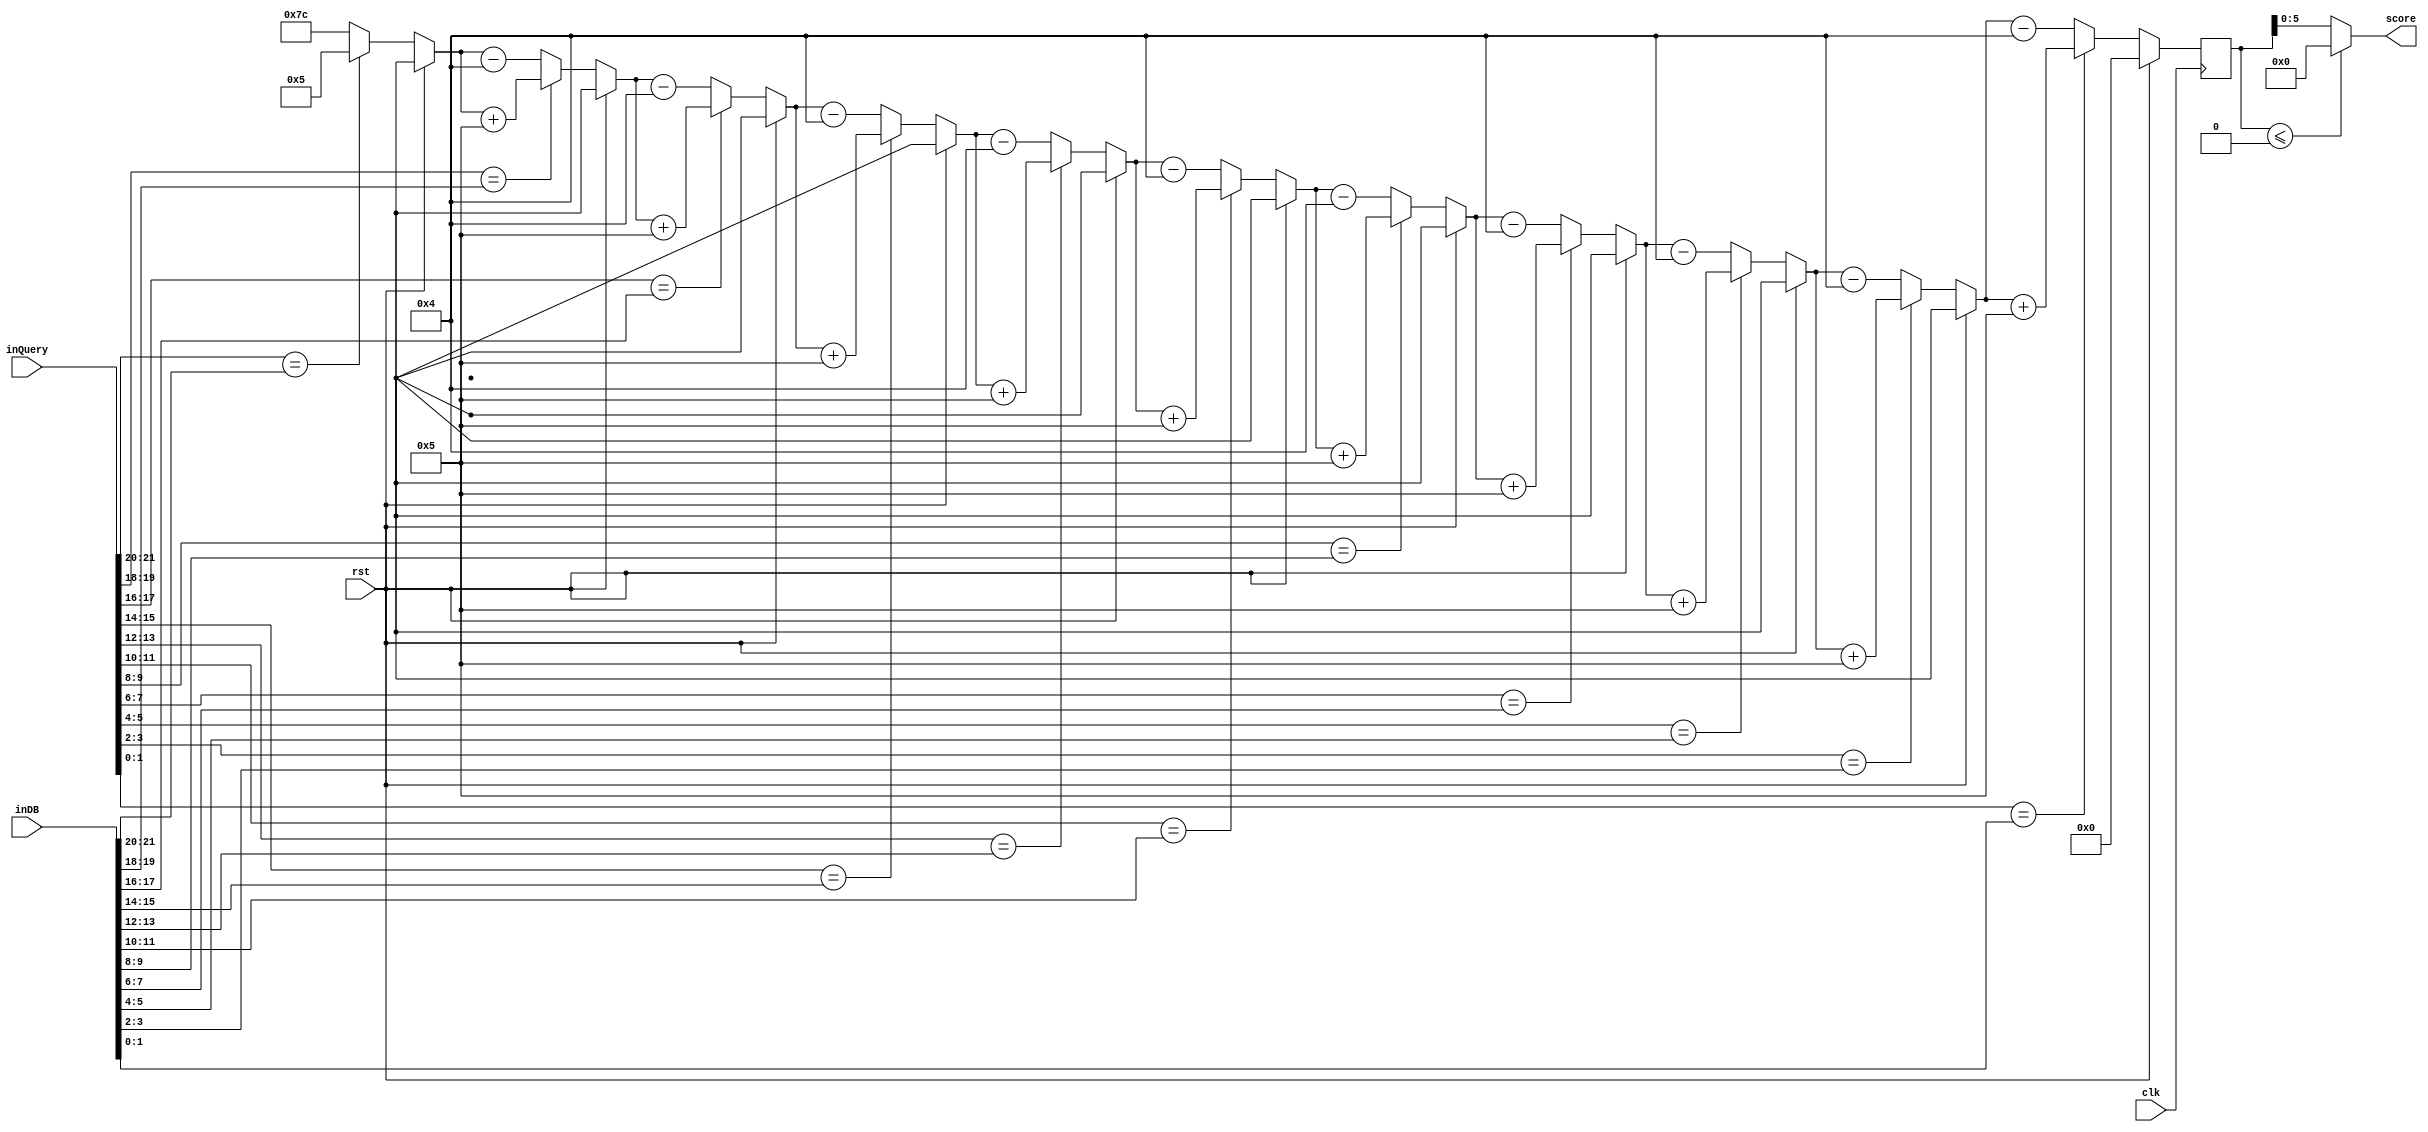
`timescale 1ns / 1ps
//////////////////////////////////////////////////////////////////////////////////
// Company: 
// Engineer: 
// 
// Design Name: 
// Module Name: topComparator
// Project Name: 
// Target Devices: 
// Tool Versions: 
// Description: 
// 
// Dependencies: 
// 
// Revision:
// Revision 0.01 - File Created
// Additional Comments:
// 
//////////////////////////////////////////////////////////////////////////////////

module Comparator(
input clk,
input rst,
input [21:0] inQuery,
input [21:0] inDB,
output  [5:0] score
    );
  
reg [6:0] scoreCalc =0;   
  
assign  score = $signed(scoreCalc) <= 0 ? 0 : scoreCalc;
    
  
 always @(posedge clk) 
 begin
 if(rst)
  scoreCalc = 0;
 else
 begin
     scoreCalc = 0;  
     
     
     /*
     if two/three consecuetive bases are mismatched 
     signed or unsigned 
     
     */
  if( inQuery[21:20] == inDB[21:20])
        scoreCalc = $signed(scoreCalc) + 5;
    else 
        scoreCalc = $signed(scoreCalc) - 4;
  if( inQuery[19:18] == inDB[19:18])
                scoreCalc = $signed(scoreCalc) + 5;
            else 
                scoreCalc = $signed(scoreCalc) - 4;
   if( inQuery[17:16] == inDB[17:16])
                        scoreCalc = $signed(scoreCalc) + 5;
                    else 
     scoreCalc = $signed(scoreCalc) - 4;  
    if( inQuery[15:14] == inDB[15:14])
                             scoreCalc = $signed(scoreCalc) + 5;
                         else 
          scoreCalc = $signed(scoreCalc) - 4;    
    if( inQuery[13:12] == inDB[13:12])
                                  scoreCalc = $signed(scoreCalc) + 5;
                              else 
               scoreCalc = $signed(scoreCalc) - 4;  
     if( inQuery[11:10] == inDB[11:10])
                                       scoreCalc = $signed(scoreCalc) + 5;
                                   else 
                    scoreCalc = $signed(scoreCalc) - 4; 
    if( inQuery[9:8] == inDB[9:8])
                                            scoreCalc = $signed(scoreCalc) + 5;
                                        else 
                         scoreCalc <= $signed(scoreCalc) - 4;    
      if( inQuery[7:6] == inDB[7:6])
          scoreCalc = $signed(scoreCalc) + 5;
         else 
         scoreCalc = $signed(scoreCalc) - 4;               
     if( inQuery[5:4] == inDB[5:4])
                  scoreCalc = $signed(scoreCalc) + 5;
                 else 
                 scoreCalc = $signed(scoreCalc) - 4;
      if( inQuery[3:2] == inDB[3:2])
                                  scoreCalc = $signed(scoreCalc) + 5;
                                 else 
                                 scoreCalc = $signed(scoreCalc) - 4;  
       if( inQuery[1:0] == inDB[1:0])
                                                  scoreCalc = $signed(scoreCalc) + 5;
                                                 else 
                                                 scoreCalc = $signed(scoreCalc)- 4;                
   // score <= scoreCalc;
  end
 end   
endmodule